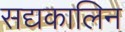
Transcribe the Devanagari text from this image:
सद्यकालिन